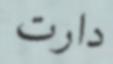
دارت